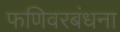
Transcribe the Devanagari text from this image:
फणिवरबंधना